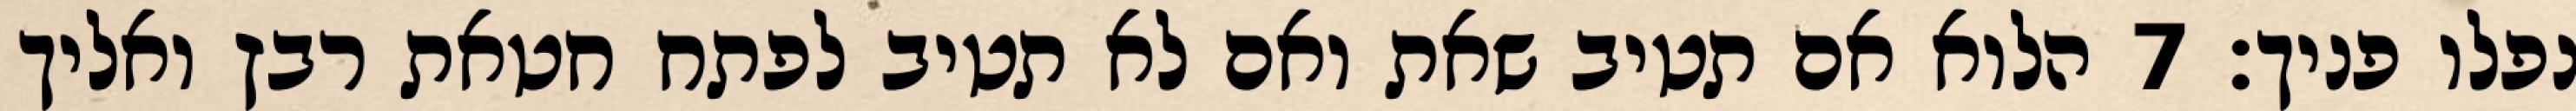
נפלו פניך׃ ‎7‏ הלוא אם תטיב שאת ואם לא תטיב לפתח חטאת רבץ ואליך